Sketch of the medical history of the native army of Bombay, for the year
Year: 1876
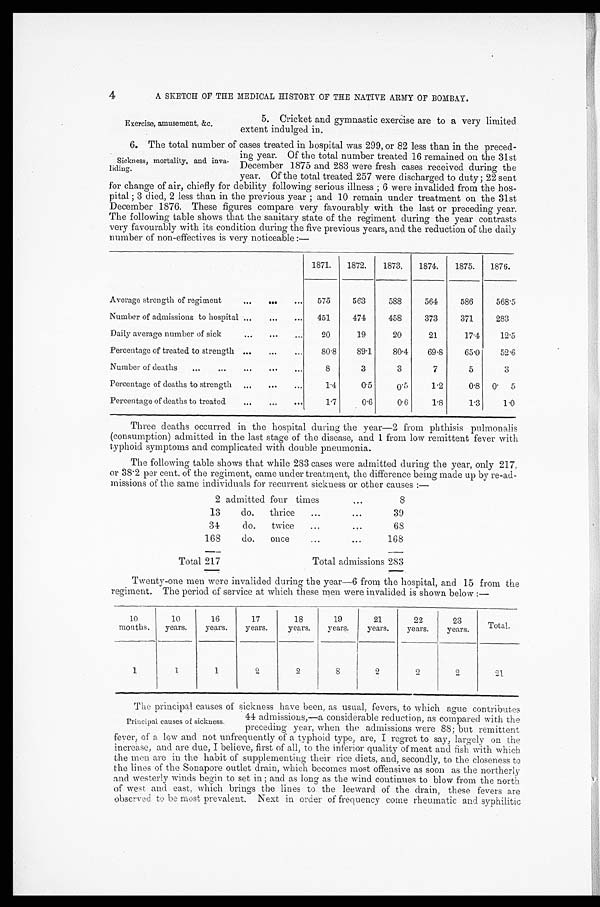
4
A SKETCH OF THE MEDICAL HISTORY OF THE NATIVE ARMY OF BOMBAY.
Exercise, amusement, &c.
5. Cricket and gymnastic exercise are to a very limited
extent indulged in.
6. The total number of cases treated in hospital was 299, or 82 less than in the preced-
Sickness, mortality, and inva-
liding .
ing year. Of the total number treated 16 remained on the 31st
December 1875 and 283 were fresh cases received during the
year. Of the total treated 257 were discharged to duty ; 22 sent
for change of air, chiefly for debility following serious illness ; 6 were invalided from the hos
pital ; 3
2 less than in the previous year ; and 10 remain under treatment on the 31st
December 1876. These figures compare very favourably with the last or preceding year.
The following table shows that the sanitary state of the regiment (luring the year contrasts
very favourably with its condition during the five previous years, and the reduction of the daily
number of non-effectives is very noticeable :—
1871.
1872.
1873.
1874.
1875.
1876.
Average strength of regiment
...
. . .
. . .
575
563
588
564
586
568.5
Number of admissions to hospital ...
...
...
451
474
458
373
371
283
Daily average number of sick
...
. . .
. . .
20
19
20
21
17.4
12.5
Percentage of treated to strength ...
...
...
80.8
89.1
80.4
69.8
65.0
52.6
Number of deaths
...
...
...
...
...
8
3
3
7
5
3
Percentage of deaths to strength ...
. . .
...
1.4
0.5
0 . 5
1.2
0.8 0.5
Percentage of deaths to treated
...
...
. . .
1.7
0.6
0.6
1.8
1.3
1.0
Three deaths occurred in the hospital during the year—2 from phthisis pulmonalis
(consumption) admitted in the last stage of the disease, and 1 from low remittent fever with
typhoid symptoms and complicated with double pneumonia.
The following table shows that while 283 cases were admitted during the year, only 217,
or 38.2 per cent. of the regiment, came under treatment, the difference being made up by re-ad-
missions of the same individuals for recurrent sickness or other causes :—
2 admitted four times
...
8
13
do.
thrice
...
...
39
34
do.
twice
...
68
168
do.
once
...
...
168
Total 217
Total admissions 283
Twenty-one men were invalided during the year—6 from the hospital, and 15 from the
regiment. The period of service at which these men were invalided is shown below :—
10
months.
10
years.
16
years.
17
years.
18
years.
19
years.
21
years.
22
years.
23
years.
Total.
1
1
1
2
2
8
2
2
2
21
The principal causes of sickness have been, as usual, fevers, to which ague contributes
Principal causes of sickness.
44 admissions,—a considerable reduction, as compared with the
preceding year, when the admissions were 88; hut remittent
fever; of a low and not unfrequently of a typhoid type, are, I regret to say, largely on the.
increase, and are due, I believe, first of all, to the inferior quality of meat and fish with which
the men are in the habit of supplementing their rice diets, and, secondly, to the closeness to
the lines of the Sonapore outlet drain, which becomes most offensive as soon as the northerly
and wes t er l y wi nds begi n t o s et i n ; and as l ong as t he wi nd cont i nues t o bl ow f r om t he nor t h
of west and east, which brings the lines to the leeward of the drain, these fevers are
observed. to be most prevalent. Next in order of frequency come rheumatic and. syphilitic